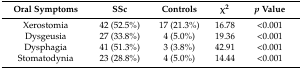
<table><thead><tr><td><b>Oral Symptoms</b></td><td><b>SSc</b></td><td><b>Controls</b></td><td><b>χ<sup>2</sup></b></td><td><b><i>p</i> Value</b></td></tr></thead><tbody><tr><td>Xerostomia</td><td>42 (52.5%)</td><td>17 (21.3%)</td><td>16.78</td><td>&lt;0.001</td></tr><tr><td>Dysgeusia</td><td>27 (33.8%)</td><td>4 (5.0%)</td><td>19.36</td><td>&lt;0.001</td></tr><tr><td>Dysphagia</td><td>41 (51.3%)</td><td>3 (3.8%)</td><td>42.91</td><td>&lt;0.001</td></tr><tr><td>Stomatodynia</td><td>23 (28.8%)</td><td>4 (5.0%)</td><td>14.44</td><td>&lt;0.001</td></tr></tbody></table>